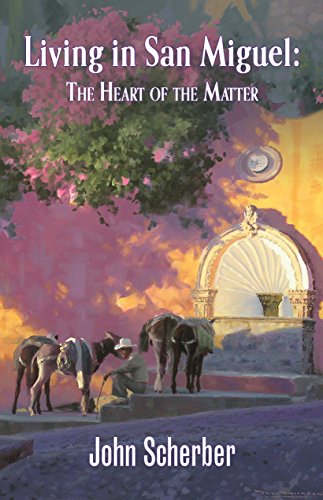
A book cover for Living in San Miguel: The Heart of the Matter; John Scherber; Travel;